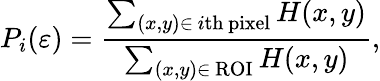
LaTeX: P_{i}(\varepsilon)=\frac{\sum_{(x,y)\in\, i\mathrm{th}\, \mathrm{pixel}}H(x,y)}{\sum_{(x,y)\in\, \mathrm{ROI}}H(x,y)},